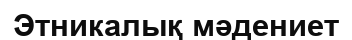
Этникалық мәдениет